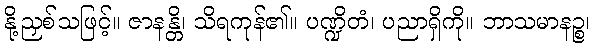
နို့ညှစ်သဖြင့်။ ဇာနန္တိ၊ သိရကုန်၏။ ပဏ္ဍိတံ၊ ပညာရှိကို။ ဘာသမာနဉ္စ၊